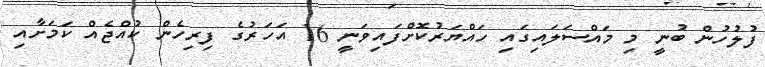
ފުލުހުން ބުނީ މި މައްސަލައިގައި ހައްޔަރުކޮށްފައިވަނީ 16 އަހަރުގެ ފިރިހެން ކުއްޖެއް ކަމަށާއި